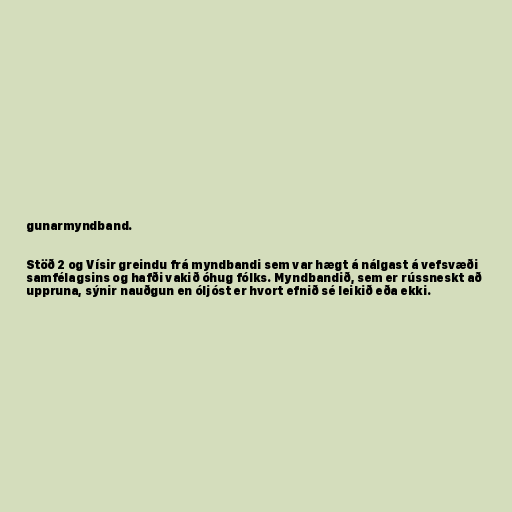
gunarmyndband.

Stöð 2 og Vísir greindu frá myndbandi sem var hægt á nálgast á vefsvæði
samfélagsins og hafði vakið óhug fólks. Myndbandið, sem er rússneskt að
uppruna, sýnir nauðgun en óljóst er hvort efnið sé leikið eða ekki.